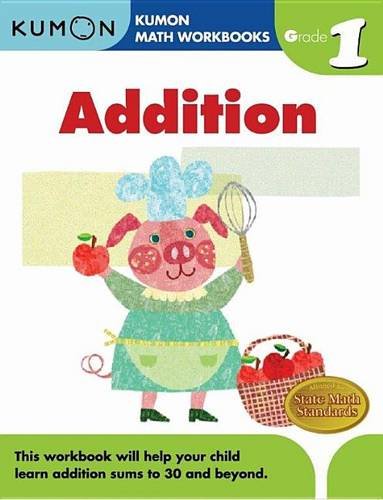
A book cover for Grade 1 Addition (Kumon Math Workbooks); Kumon Publishing; Children's Books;